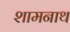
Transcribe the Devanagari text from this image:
शामनाथ